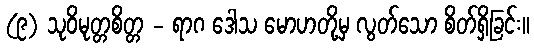
(၉) သုဝိမုတ္တစိတ္တ - ရာဂ ဒေါသ မောဟတို့မှ လွတ်သော စိတ်ရှိခြင်း။